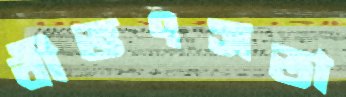
বীভৎসতা